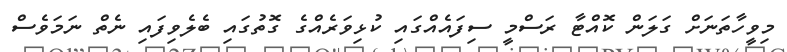
މިވީހާތަނަށް ގަލަން ކޮއްޓާ ރަސްމީ ސިފައެއްގައި ކުޅިވަރެއްގެ ގޮތުގައި ބެލެވިފައި ނެތް ނަމަވެސް